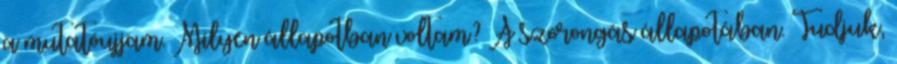
a mutatóujjam. Milyen állapotban voltam? A szorongás állapotában. Tudjuk,